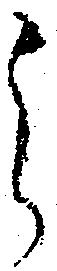
之